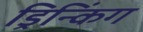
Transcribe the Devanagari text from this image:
ड्रिन्किंग